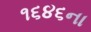
૧૬૪૬ના